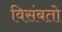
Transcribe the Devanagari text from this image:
विसंबतो